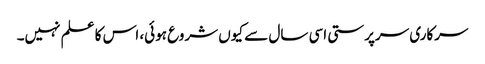
سرکاری سرپرستی اسی سال سے کیوں شروع ہوئی، اس کا علم نہیں۔